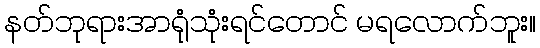
နတ်ဘုရားအာရုံသုံးရင်တောင် မရလောက်ဘူး။